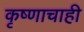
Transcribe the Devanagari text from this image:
कृष्णाचाही